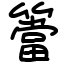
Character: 簹